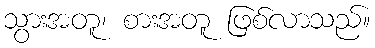
သွားအတူ၊ စားအတူ ဖြစ်လာသည်။